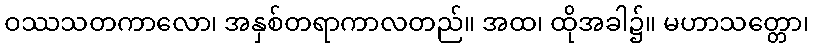
ဝဿသတကာလော၊ အနှစ်တရာကာလတည်။ အထ၊ ထိုအခါ၌။ မဟာသတ္တော၊